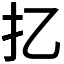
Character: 𢩧